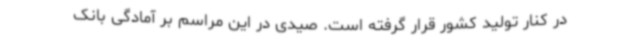
در کنار تولید کشور قرار گرفته است. صیدی در این مراسم بر آمادگی بانک